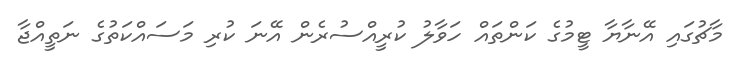
މާޗުގައި އޭނާޔާ ޓީމުގެ ކަންތައް ހަވާލު ކުރީއްސުރެން އޭނަ ކުރި މަސައްކަތުގެ ނަތީއްޖާ